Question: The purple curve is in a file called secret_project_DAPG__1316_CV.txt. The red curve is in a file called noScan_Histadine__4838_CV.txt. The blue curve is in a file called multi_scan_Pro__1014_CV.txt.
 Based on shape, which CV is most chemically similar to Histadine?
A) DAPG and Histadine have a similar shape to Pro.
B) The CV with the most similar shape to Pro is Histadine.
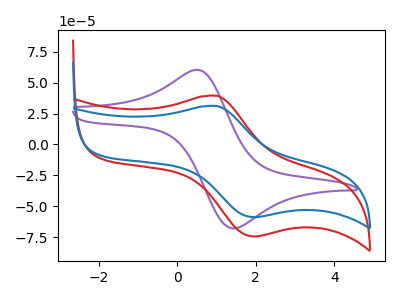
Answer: <think>The purple curve "DAPG" has an anodic peak at (0.60V, 60.15uA) and a cathodic peak at (1.40V, -68.05uA). The red curve "Histadine" has an anodic peak at (1.00V, 39.50uA) and a cathodic peak at (2.00V, -74.50uA). The blue curve "Pro" has an anodic peak at (1.00V, 31.20uA) and a cathodic peak at (2.00V, -58.85uA).
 "DAPG" and "Histadine" have at least one peak that do not match. "DAPG" and "Pro" have at least one peak that do not match. All the peaks in "Histadine" have a peak in "Pro" at the same potential. Every peak in "Histadine" is higher than every peak in "Pro".</think>
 <answer>B) The CV with the most similar shape to "Pro" is "Histadine".</answer>
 <eval>B</eval>